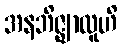
အနဘိဇ္ဈာလူဟိ